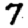
Digit: 7